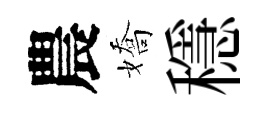
農嬌穩